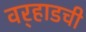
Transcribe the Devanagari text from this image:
वर्‍हाडची